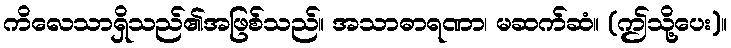
ကိလေသာရှိသည်၏အဖြစ်သည်။ အသာဓာရဏာ၊ မဆက်ဆံ။ (ဤသို့ပေး)။